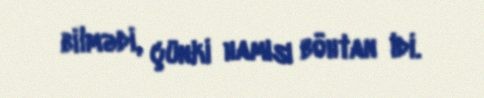
bilmədi, çünki hamısı böhtan idi.